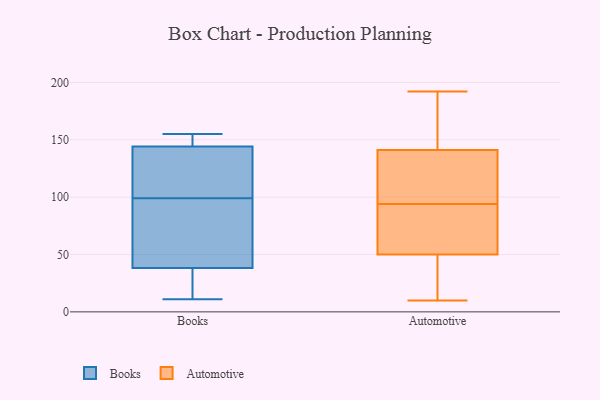
{"axis": {"x": "Churn Rate (%)", "y": "Value"}, "legend": ["Automotive", "Books"], "data": [{"x": "", "y": 119, "type": "Books"}, {"x": "", "y": 11, "type": "Books"}, {"x": "", "y": 144, "type": "Books"}, {"x": "", "y": 46, "type": "Books"}, {"x": "", "y": 27, "type": "Books"}, {"x": "", "y": 145, "type": "Books"}, {"x": "", "y": 99, "type": "Books"}, {"x": "", "y": 155, "type": "Books"}, {"x": "", "y": 42, "type": "Books"}, {"x": "", "y": 62, "type": "Books"}, {"x": "", "y": 130, "type": "Books"}, {"x": "", "y": 150, "type": "Books"}, {"x": "", "y": 19, "type": "Books"}, {"x": "", "y": 98, "type": "Automotive"}, {"x": "", "y": 94, "type": "Automotive"}, {"x": "", "y": 192, "type": "Automotive"}, {"x": "", "y": 178, "type": "Automotive"}, {"x": "", "y": 84, "type": "Automotive"}, {"x": "", "y": 94, "type": "Automotive"}, {"x": "", "y": 141, "type": "Automotive"}, {"x": "", "y": 106, "type": "Automotive"}, {"x": "", "y": 44, "type": "Automotive"}, {"x": "", "y": 115, "type": "Automotive"}, {"x": "", "y": 26, "type": "Automotive"}, {"x": "", "y": 159, "type": "Automotive"}, {"x": "", "y": 141, "type": "Automotive"}, {"x": "", "y": 10, "type": "Automotive"}, {"x": "", "y": 93, "type": "Automotive"}, {"x": "", "y": 52, "type": "Automotive"}, {"x": "", "y": 21, "type": "Automotive"}]}